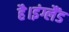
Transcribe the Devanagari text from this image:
है।इंग्लैंड